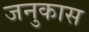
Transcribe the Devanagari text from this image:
जनुकास